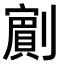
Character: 𭄗